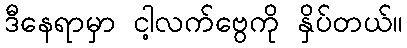
ဒီနေရာမှာ ငါ့လက်ဗွေကို နှိပ်တယ်။